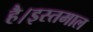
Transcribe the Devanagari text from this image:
है।इस्तमाल